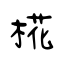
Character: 椛